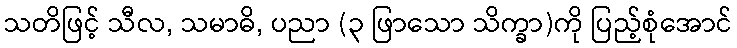
သတိဖြင့် သီလ, သမာဓိ, ပညာ (၃ ဖြာသော သိက္ခာ)ကို ပြည့်စုံအောင်